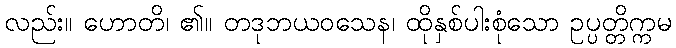
လည်း။ ဟောတိ၊ ၏။ တဒုဘယဝသေန၊ ထိုနှစ်ပါးစုံသော ဥပ္ပတ္တိက္ကမ